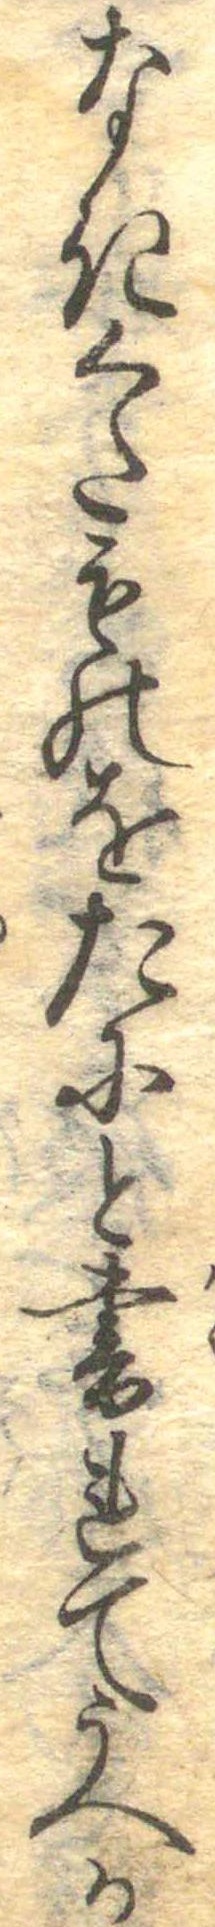
なきくたものをたにと書れてうへの